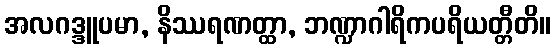
အလဂဒ္ဒူပမာ, နိဿရဏတ္ထာ, ဘဏ္ဍာဂါရိကပရိယတ္တီတိ။